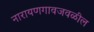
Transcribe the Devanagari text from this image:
नारायणगावजवळील